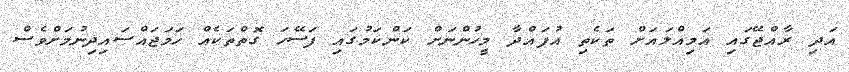
އަދި ރާއްޖޭގައި އަމިއްލައަށް ތަކެތި އުފައްދާ މީހުންނަށް ކަންކަމުގައި ފަސޭހަ ގޮތްތަކެއް ހަމަޖައްސައިދިނުމަށްވެސް